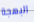
البهجة